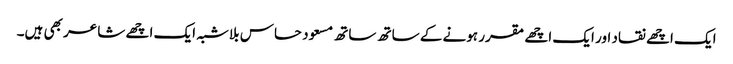
ایک اچھے نقاد اور ایک اچھے مقرر ہونے کے ساتھ ساتھ مسعود حساس بلاشبہ ایک اچھے شاعر بھی ہیں۔